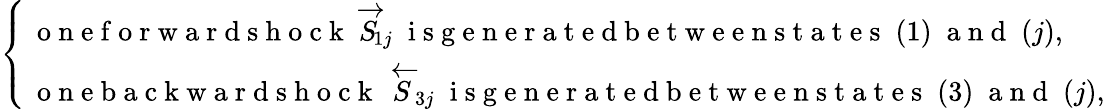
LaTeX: \left\{ \begin{array}{ll}{\, \mathrm{~o~n~e~f~o~r~w~a~r~d~s~h~o~c~k~}\; \overrightarrow{S}\! _{1j}\; \mathrm{~i~s~g~e~n~e~r~a~t~e~d~b~e~t~w~e~e~n~s~t~a~t~e~s~}\; (1)\; \mathrm{~a~n~d~}\; (j),}\\ {\, \mathrm{~o~n~e~b~a~c~k~w~a~r~d~s~h~o~c~k~}\; \overleftarrow{S}\! _{3j}\; \mathrm{~i~s~g~e~n~e~r~a~t~e~d~b~e~t~w~e~e~n~s~t~a~t~e~s~}\; (3)\; \mathrm{~a~n~d~}\; (j),}\end{array}\right.